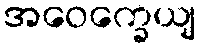
အဝေက္ခေယျ